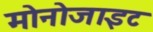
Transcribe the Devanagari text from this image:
मोनोजाइट